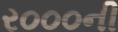
ર૦૦૦ની